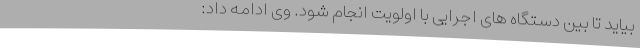
بیاید تا بین دستگاه های اجرایی با اولویت انجام شود. وی ادامه داد: